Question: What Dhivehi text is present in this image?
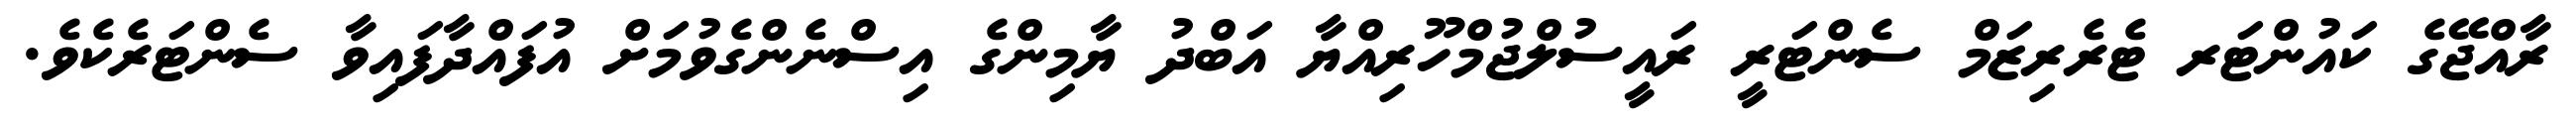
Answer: ރާއްޖޭގެ ކައުންޓަރ ޓެރެރިޒަމް ސެންޓަރީ ރައީސުލްޖުމްހޫރިއްޔާ އަބްދު ޔާމިންގެ އިސްނެންގެވުމަށް އުފައްދާފައިވާ ސެންޓަރެކެވެ.